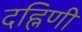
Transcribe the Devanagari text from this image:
दह्निणी